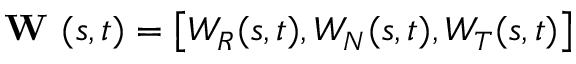
\textbf { W } ( s , t ) = \big [ W _ { R } ( s , t ) , W _ { N } ( s , t ) , W _ { T } ( s , t ) \big ]